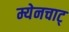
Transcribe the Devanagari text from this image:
म्येनचाट्